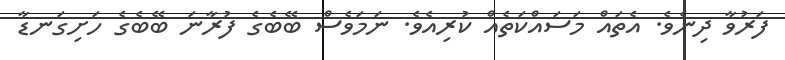
ފަރުވާ ދިނެވެ. އެތައް މަސައްކަތެއް ކުރިއެވެ. ނަމަވެސް ބޭބެގެ ފުރާނަ ބޭބެގެ ހަށިގަނޑާ